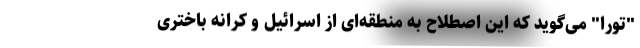
"تورا" می‌گوید که این اصطلاح به منطقه‌ای از اسرائیل و کرانه باختری